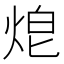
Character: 𤈥